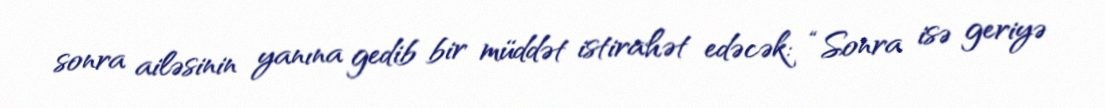
sonra ailəsinin yanına gedib bir müddət istirahət edəcək: “Sonra isə geriyə